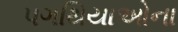
પગથિયાઓના